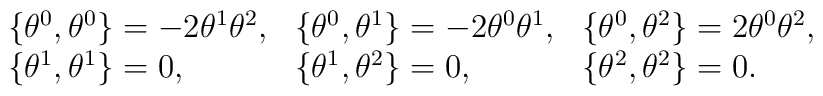
\begin{array}{lll}\{\theta^0,\theta^0\}=-2\theta^1\theta^2,&\{\theta^0,\theta^1\}=-2\theta^0\theta^1,&\{\theta^0,\theta^2\}=2\theta^0\theta^2, \\\{\theta^1,\theta^1\}=0,&\{\theta^1,\theta^2\}=0,&\{\theta^2,\theta^2\}=0.\end{array}